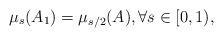
LaTeX: \begin{align*}\mu_s(A_1) = \mu_{s/2}(A), \forall s \in [0,1),\end{align*}